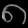
Digit: ၈